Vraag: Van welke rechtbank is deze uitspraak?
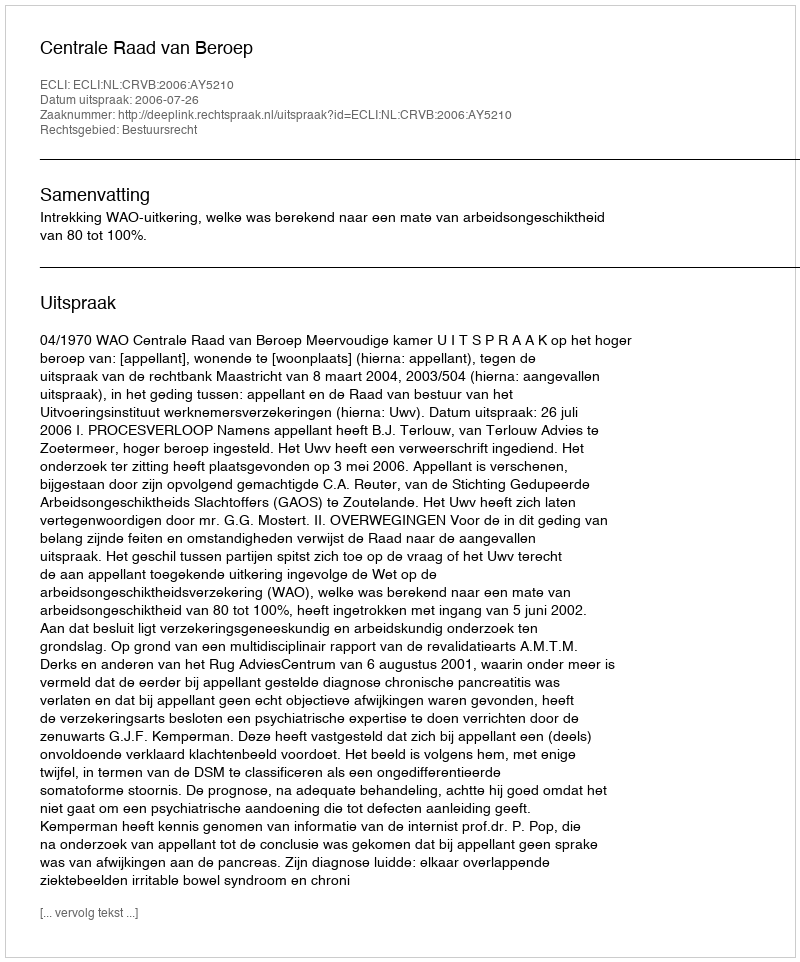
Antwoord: Centrale Raad van Beroep